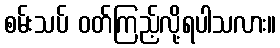
စမ်းသပ် ဝတ်ကြည့်လို့ရပါသလား။